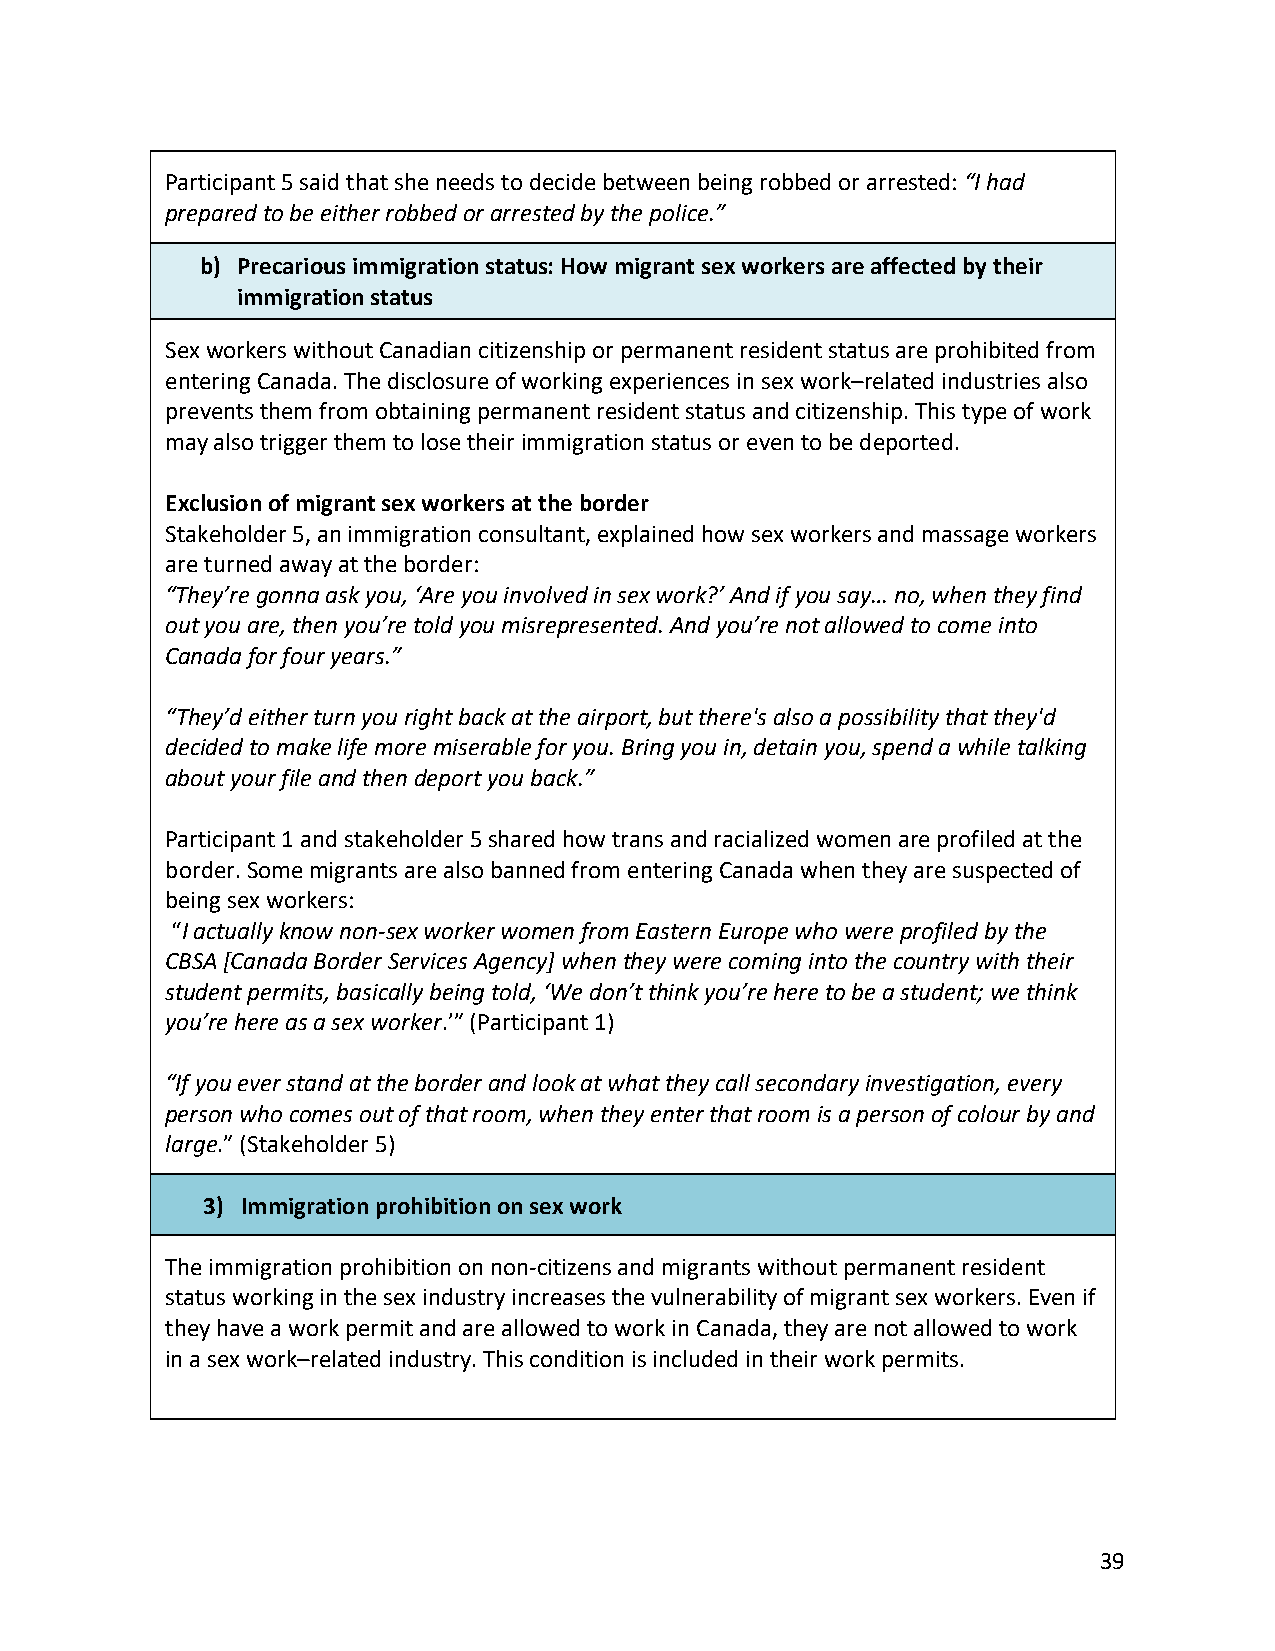
Participant 5 said that she needs to decide between being robbed or arrested: “I had
 prepared to be either robbed or arrested by the police.”
 b) Precarious immigration status: How migrant sex workers are affected by their
 immigration status
 Sex workers without Canadian citizenship or permanent resident status are prohibited from
 entering Canada. The disclosure of working experiences in sex work–related industries also
 prevents them from obtaining permanent resident status and citizenship. This type of work
 may also trigger them to lose their immigration status or even to be deported.
 Exclusion of migrant sex workers at the border
 Stakeholder 5, an immigration consultant, explained how sex workers and massage workers
 are turned away at the border:
 “They’re gonna ask you, ‘Are you involved in sex work?’ And if you say… no, when they find
 out you are, then you’re told you misrepresented. And you’re not allowed to come into
 Canada for four years.”
 “They’d either turn you right back at the airport, but there's also a possibility that they'd
 decided to make life more miserable for you. Bring you in, detain you, spend a while talking
 about your file and then deport you back.”
 Participant 1 and stakeholder 5 shared how trans and racialized women are profiled at the
 border. Some migrants are also banned from entering Canada when they are suspected of
 being sex workers:
 “I actually know non-sex worker women from Eastern Europe who were profiled by the
 CBSA [Canada Border Services Agency] when they were coming into the country with their
 student permits, basically being told, ‘We don’t think you’re here to be a student; we think
 you’re here as a sex worker.’” (Participant 1)
 “If you ever stand at the border and look at what they call secondary investigation, every
 person who comes out of that room, when they enter that room is a person of colour by and
 large.” (Stakeholder 5)
 3) Immigration prohibition on sex work
 The immigration prohibition on non-citizens and migrants without permanent resident
 status working in the sex industry increases the vulnerability of migrant sex workers. Even if
 they have a work permit and are allowed to work in Canada, they are not allowed to work
 in a sex work–related industry. This condition is included in their work permits.
 39